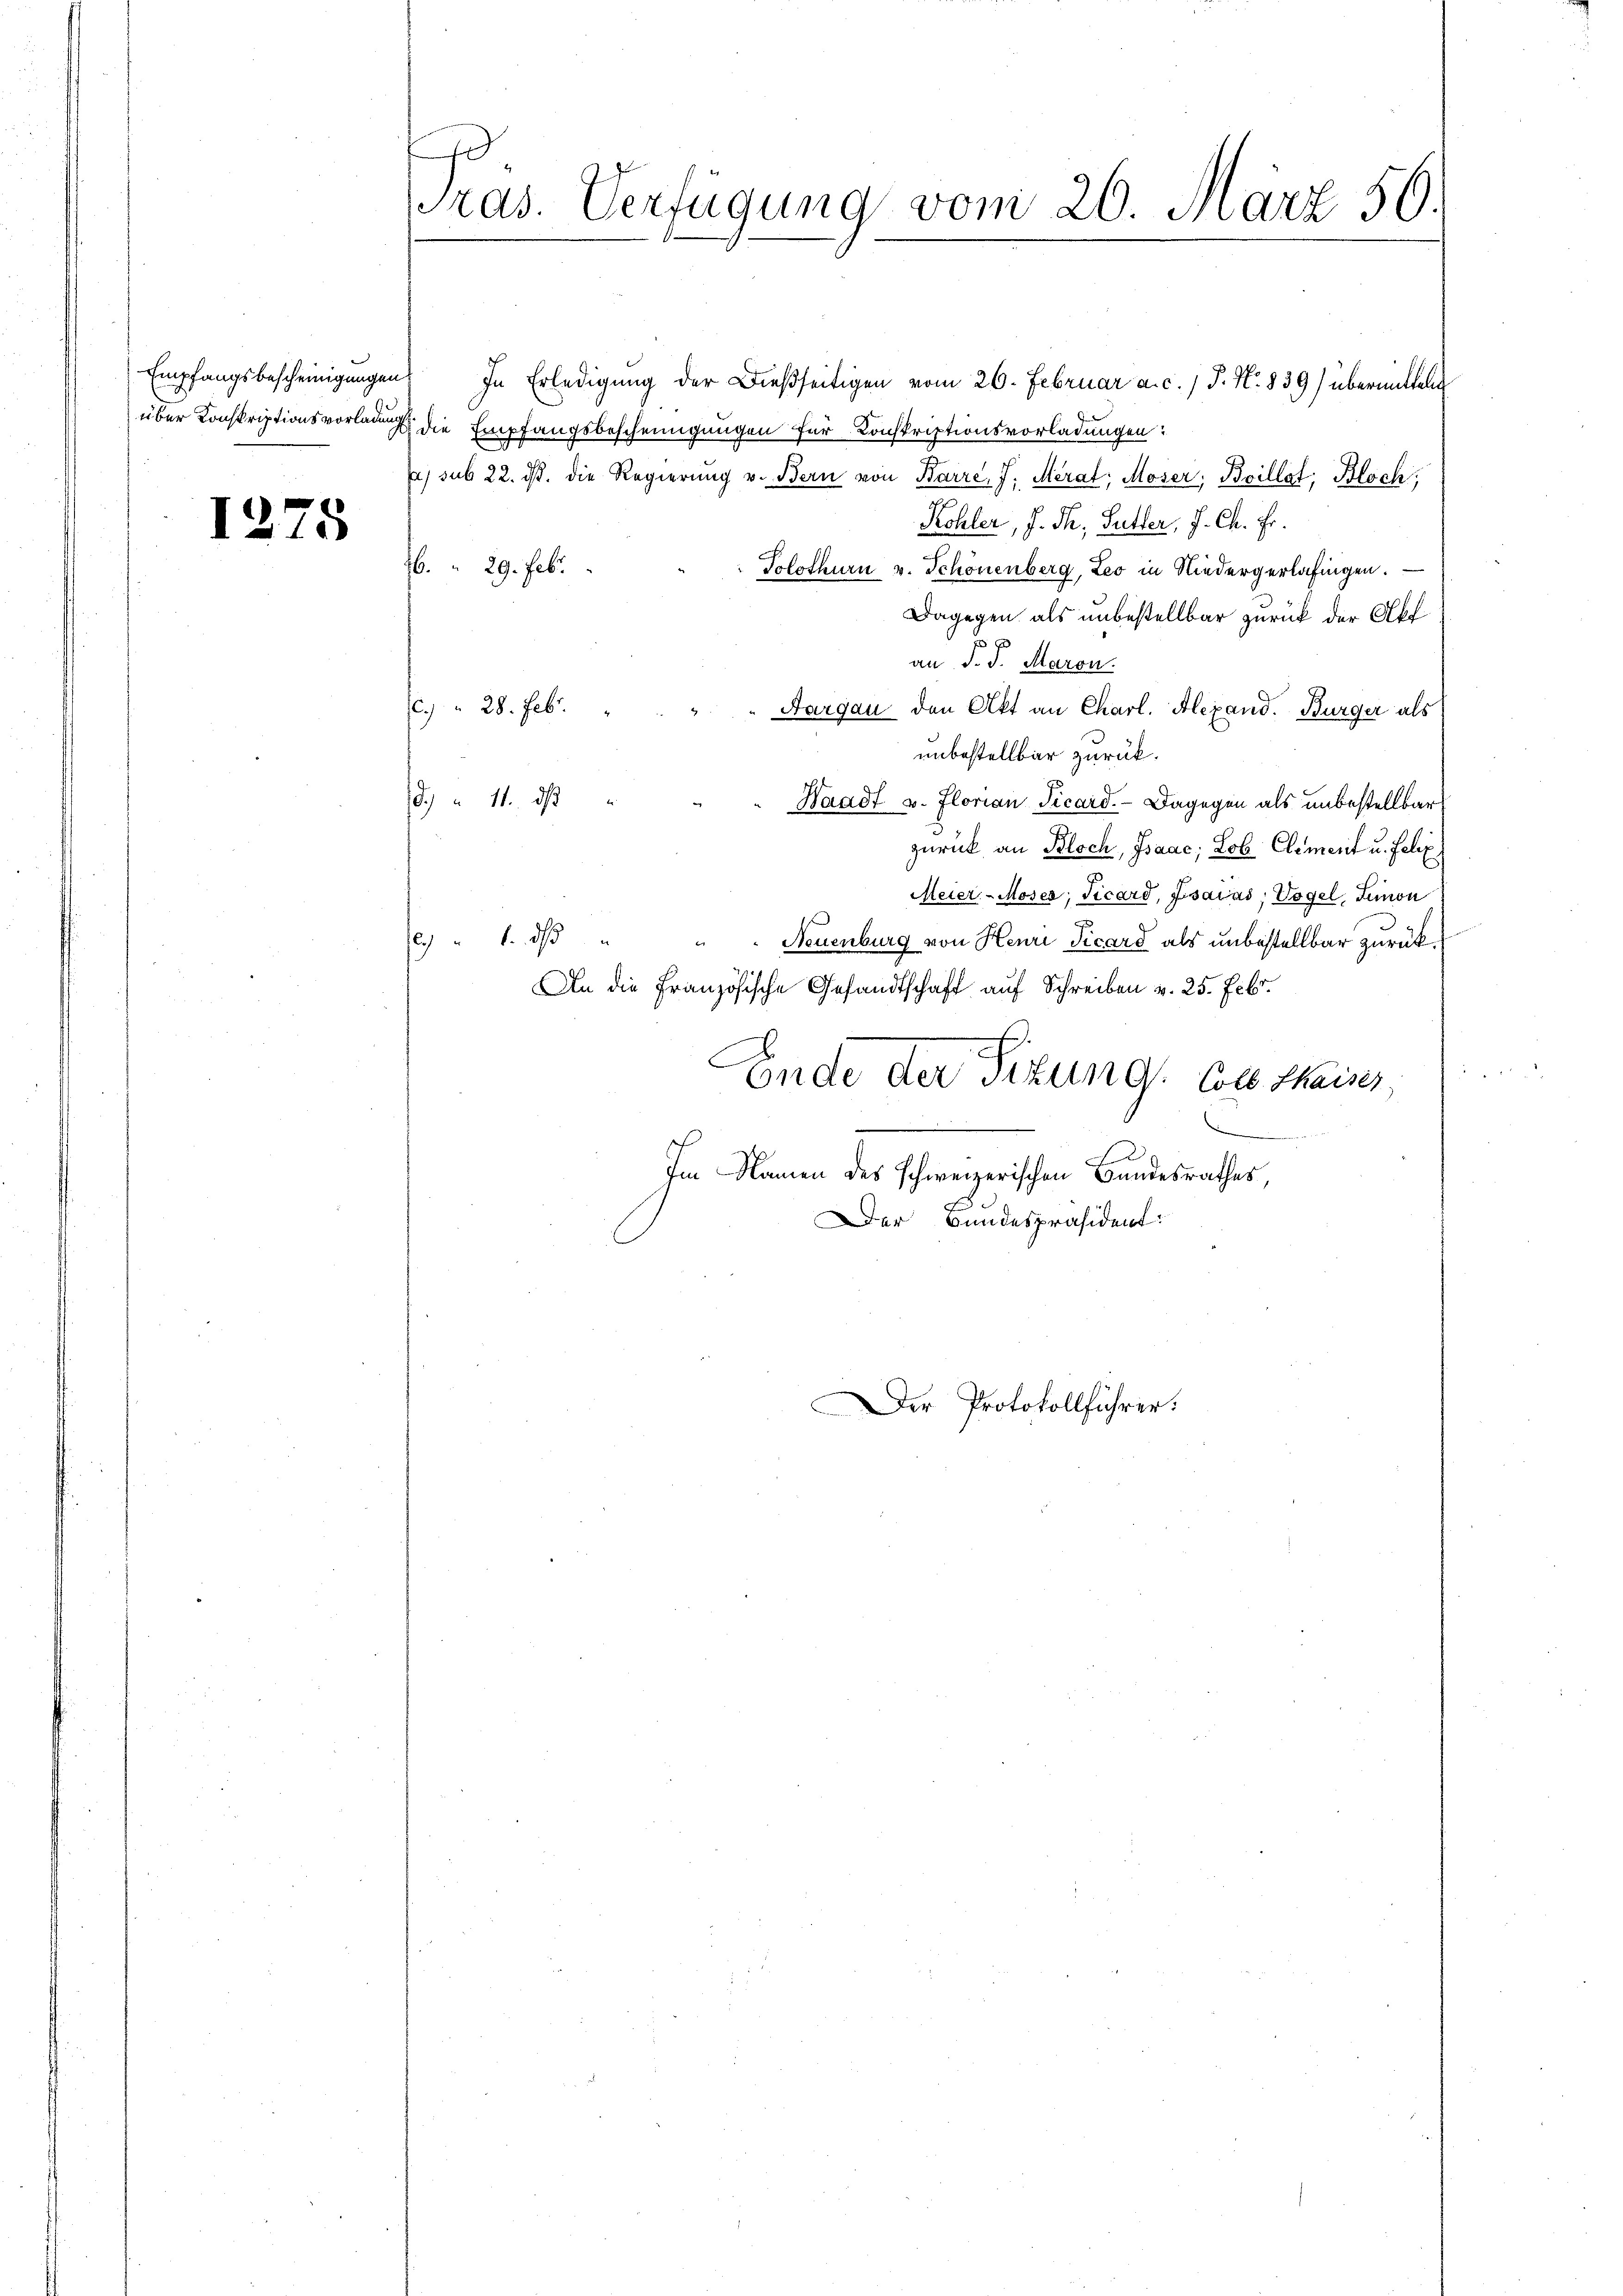
1275

Pras. Verfügung vom 20. März 50.

Empfangsbescheinigungen. In Erledigung der dießseitigen vom 26. Februar a. c. J. N. 839) übermitten
über Konskriptionsvorladung die Empfangsbescheinigungen für Konskriptionsvorladungen:
u sub 22. ds. die Regierŭng v. Bern von Baire, J. Merat; Moser, Boillat; Bloch,
Kohler, J. Th. Sutter, J. Ch. Fr.
76. 29. Febr.
Solothurn v. Schönenberg, Leo in Niedergerlafingen.
Dagegen als unbestellbar zurück der Akt
an J. J. Maron.
c. " 28. Feb. " " " " Aargau den Akt an Charl. Alexand. Bürger als
unbestellbar zurück.
d. u 11. ds
" " Waadt u. Florian Picard. - Dagegen als unbestellbar
zurück an Bloch, Isaac; Lob Clement u. Felix
Meier - Moser, Ficard, Fisaias, Vogel, Simon
e " 1. d
Neuenburg von Henri Picard als unbestellbar zurück.
An die Französische Gesandtschaft auf Schreiben v. 25. Febr.
6
Ende der Sizung. Ces thaiser,
Im Namen des Schweizerischen Bundesrathes,
Der Bundespräsident:

Der Protokollführer: